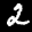
Label: 2